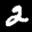
Label: 2